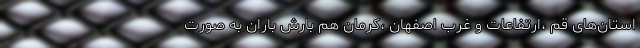
استان‌های قم ،ارتفاعات و غرب اصفهان ،کرمان هم بارش باران به صورت